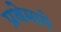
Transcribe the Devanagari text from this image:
प्रथेमागे